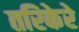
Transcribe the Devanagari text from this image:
तरिकेरे